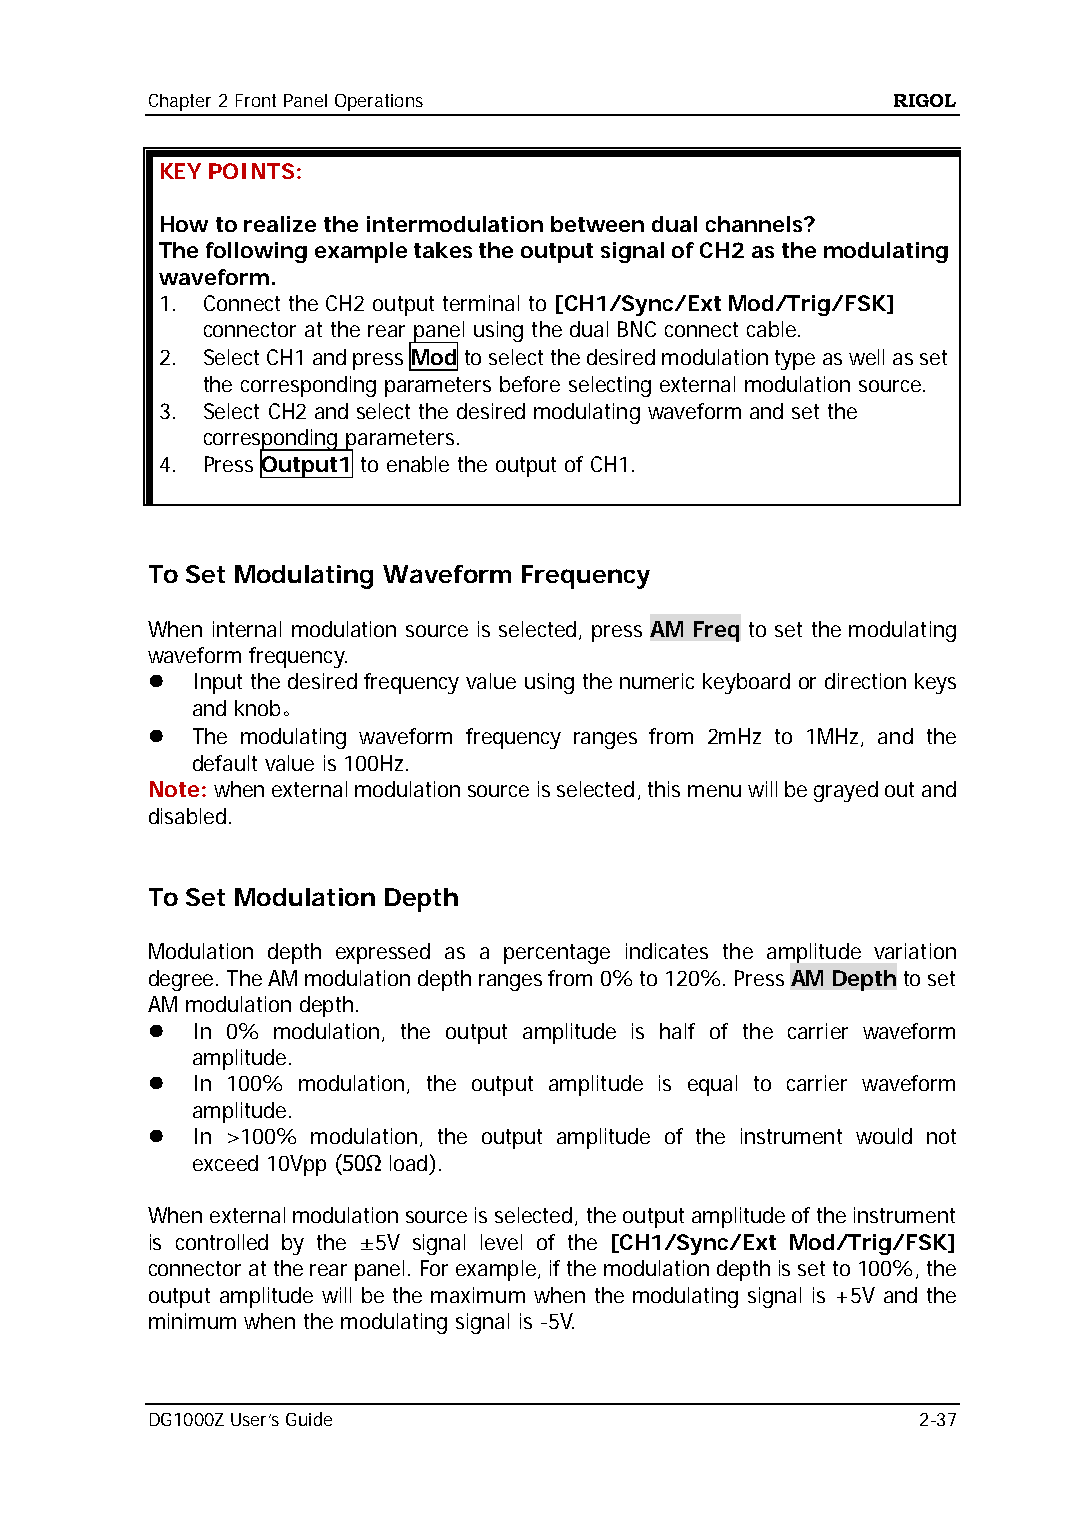
Chapter 2 Front Panel Operations                 RIGOL
 KEY POINTS:
 How to realize the intermodulation between dual channels?
 The following example takes the output signal of CH2 as the modulating
 waveform.
 1. Connect the CH2 output terminal to [CH1/Sync/Ext Mod/Trig/FSK]
 connector at the rear panel using the dual BNC connect cable.
 2. Select CH1 and press Mod to select the desired modulation type as well as set
 the corresponding parameters before selecting external modulation source.
 3. Select CH2 and select the desired modulating waveform and set the
 corresponding parameters.
 4. Press Output1 to enable the output of CH1.
 To Set Modulating Waveform Frequency
 When internal modulation source is selected, press AM Freq to set the modulating
 waveform frequency.
   Input the desired frequency value using the numeric keyboard or direction keys
 and knob。
   The modulating waveform frequency ranges from 2mHz to 1MHz, and the
 default value is 100Hz.
 Note: when external modulation source is selected, this menu will be grayed out and
 disabled.
 To Set Modulation Depth
 Modulation depth expressed as a percentage indicates the amplitude variation
 degree. The AM modulation depth ranges from 0% to 120%. Press AM Depth to set
 AM modulation depth.
   In 0% modulation, the output amplitude is half of the carrier waveform
 amplitude.
   In 100% modulation, the output amplitude is equal to carrier waveform
 amplitude.
   In >100% modulation, the output amplitude of the instrument would not
 exceed 10Vpp (50Ω load).
 When external modulation source is selected, the output amplitude of the instrument
 is controlled by the ±5V signal level of the [CH1/Sync/Ext Mod/Trig/FSK]
 connector at the rear panel. For example, if the modulation depth is set to 100%, the
 output amplitude will be the maximum when the modulating signal is +5V and the
 minimum when the modulating signal is -5V.
 DG1000Z User’s Guide                               2-37